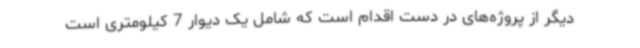
دیگر از پروژه‌های در دست اقدام است که شامل یک دیوار 7 کیلومتری است